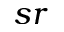
s r